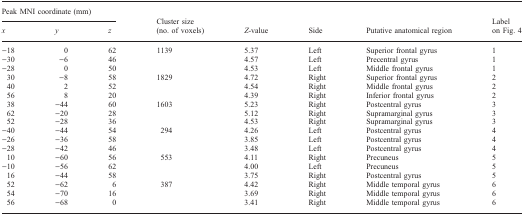
<table><thead><tr><td colspan="3"><b>Peak MNI coordinate (mm)</b></td><td></td><td></td><td></td><td></td><td></td></tr><tr><td><b><i>x</i></b></td><td><b><i>y</i></b></td><td><b><i>z</i></b></td><td><b>Cluster size (no. of voxels)</b></td><td><b><i>Z</i>-value</b></td><td><b>Side</b></td><td><b>Putative anatomical region</b></td><td><b>Label on Fig. 4</b></td></tr></thead><tbody><tr><td>−18</td><td>0</td><td>62</td><td>1139</td><td>5.37</td><td>Left</td><td>Superior frontal gyrus</td><td>1</td></tr><tr><td>−30</td><td>−6</td><td>46</td><td></td><td>4.57</td><td>Left</td><td>Precentral gyrus</td><td>1</td></tr><tr><td>−28</td><td>0</td><td>50</td><td></td><td>4.53</td><td>Left</td><td>Middle frontal gyrus</td><td>1</td></tr><tr><td>30</td><td>−8</td><td>58</td><td>1829</td><td>4.72</td><td>Right</td><td>Superior frontal gyrus</td><td>2</td></tr><tr><td>40</td><td>2</td><td>52</td><td></td><td>4.54</td><td>Right</td><td>Middle frontal gyrus</td><td>2</td></tr><tr><td>56</td><td>8</td><td>20</td><td></td><td>4.39</td><td>Right</td><td>Inferior frontal gyrus</td><td>2</td></tr><tr><td>38</td><td>−44</td><td>60</td><td>1603</td><td>5.23</td><td>Right</td><td>Postcentral gyrus</td><td>3</td></tr><tr><td>62</td><td>−20</td><td>28</td><td></td><td>5.12</td><td>Right</td><td>Supramarginal gyrus</td><td>3</td></tr><tr><td>52</td><td>−28</td><td>36</td><td></td><td>4.53</td><td>Right</td><td>Supramarginal gyrus</td><td>3</td></tr><tr><td>−40</td><td>−44</td><td>54</td><td>294</td><td>4.26</td><td>Left</td><td>Postcentral gyrus</td><td>4</td></tr><tr><td>−26</td><td>−36</td><td>58</td><td></td><td>3.85</td><td>Left</td><td>Postcentral gyrus</td><td>4</td></tr><tr><td>−28</td><td>−42</td><td>46</td><td></td><td>3.48</td><td>Left</td><td>Postcentral gyrus</td><td>4</td></tr><tr><td>10</td><td>−60</td><td>56</td><td>553</td><td>4.11</td><td>Right</td><td>Precuneus</td><td>5</td></tr><tr><td>−10</td><td>−56</td><td>62</td><td></td><td>4.00</td><td>Left</td><td>Precuneus</td><td>5</td></tr><tr><td>16</td><td>−44</td><td>58</td><td></td><td>3.75</td><td>Right</td><td>Postcentral gyrus</td><td>5</td></tr><tr><td>52</td><td>−62</td><td>6</td><td>387</td><td>4.42</td><td>Right</td><td>Middle temporal gyrus</td><td>6</td></tr><tr><td>54</td><td>−70</td><td>16</td><td></td><td>3.69</td><td>Right</td><td>Middle temporal gyrus</td><td>6</td></tr><tr><td>56</td><td>−68</td><td>0</td><td></td><td>3.41</td><td>Right</td><td>Middle temporal gyrus</td><td>6</td></tr></tbody></table>